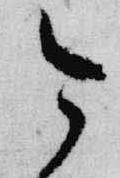
今